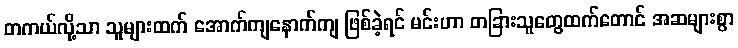
တကယ်လို့သာ သူများထက် အောက်ကျနောက်ကျ ဖြစ်ခဲ့ရင် မင်းဟာ တခြားသူတွေထက်တောင် အဆများစွာ